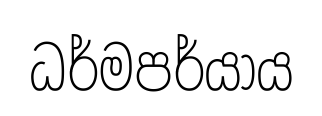
ධර්මපර්යාය